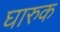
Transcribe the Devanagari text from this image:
घारुक